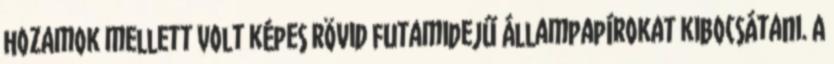
hozamok mellett volt képes rövid futamidejű állampapírokat kibocsátani. A